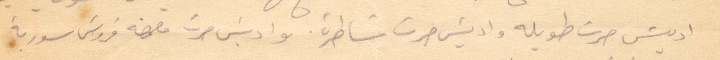
قديش صرت طويلة واديش صرت شاطرة واديش صرت مجمعة قروش سورية